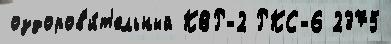
оздоров'и́т'ельный КВР-2 РКС-6 2375